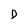
Character: D